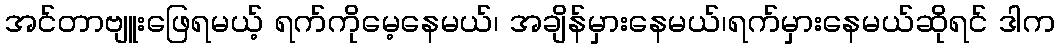
အင်တာဗျူးဖြေရမယ့် ရက်ကိုမေ့နေမယ်၊ အချိန်မှားနေမယ်၊ရက်မှားနေမယ်ဆိုရင် ဒါက